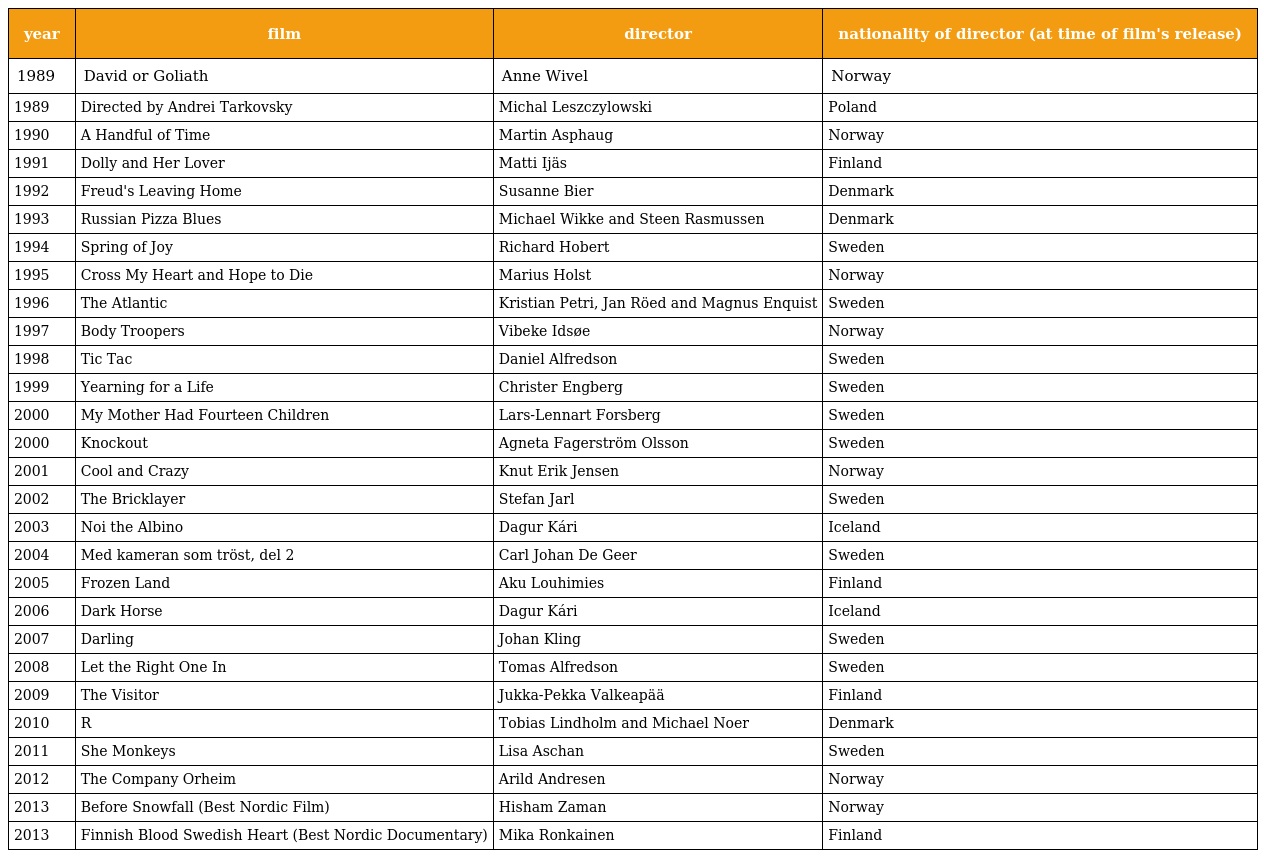
| year | film | director | nationality of director (at time of film's release) |
 | --- | --- | --- | --- |
 | 1989 | David or Goliath | Anne Wivel | Norway |
 | 1989 | Directed by Andrei Tarkovsky | Michal Leszczylowski | Poland |
 | 1990 | A Handful of Time | Martin Asphaug | Norway |
 | 1991 | Dolly and Her Lover | Matti Ijäs | Finland |
 | 1992 | Freud's Leaving Home | Susanne Bier | Denmark |
 | 1993 | Russian Pizza Blues | Michael Wikke and Steen Rasmussen | Denmark |
 | 1994 | Spring of Joy | Richard Hobert | Sweden |
 | 1995 | Cross My Heart and Hope to Die | Marius Holst | Norway |
 | 1996 | The Atlantic | Kristian Petri, Jan Röed and Magnus Enquist | Sweden |
 | 1997 | Body Troopers | Vibeke Idsøe | Norway |
 | 1998 | Tic Tac | Daniel Alfredson | Sweden |
 | 1999 | Yearning for a Life | Christer Engberg | Sweden |
 | 2000 | My Mother Had Fourteen Children | Lars-Lennart Forsberg | Sweden |
 | 2000 | Knockout | Agneta Fagerström Olsson | Sweden |
 | 2001 | Cool and Crazy | Knut Erik Jensen | Norway |
 | 2002 | The Bricklayer | Stefan Jarl | Sweden |
 | 2003 | Noi the Albino | Dagur Kári | Iceland |
 | 2004 | Med kameran som tröst, del 2 | Carl Johan De Geer | Sweden |
 | 2005 | Frozen Land | Aku Louhimies | Finland |
 | 2006 | Dark Horse | Dagur Kári | Iceland |
 | 2007 | Darling | Johan Kling | Sweden |
 | 2008 | Let the Right One In | Tomas Alfredson | Sweden |
 | 2009 | The Visitor | Jukka-Pekka Valkeapää | Finland |
 | 2010 | R | Tobias Lindholm and Michael Noer | Denmark |
 | 2011 | She Monkeys | Lisa Aschan | Sweden |
 | 2012 | The Company Orheim | Arild Andresen | Norway |
 | 2013 | Before Snowfall (Best Nordic Film) | Hisham Zaman | Norway |
 | 2013 | Finnish Blood Swedish Heart (Best Nordic Documentary) | Mika Ronkainen | Finland |